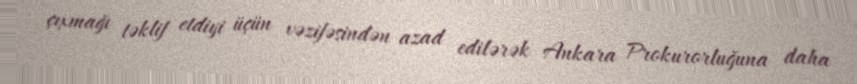
çıxmağı təklif etdiyi üçün vəzifəsindən azad edilərək Ankara Prokurorluğuna daha